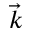
\vec { k }